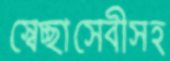
স্বেচ্ছাসেবীসহ